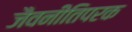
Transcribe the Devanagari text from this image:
जैवनीतिपरक